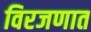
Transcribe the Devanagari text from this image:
विरजणात